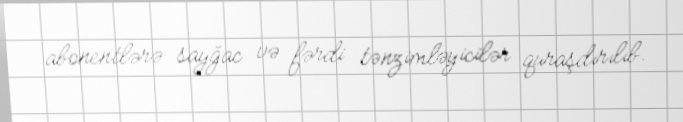
abonentlərə sayğac və fərdi tənzimləyicilər quraşdırılıb.